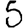
Digit: 5